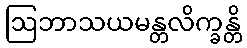
ဩဘာသယမန္တလိက္ခန္တိ